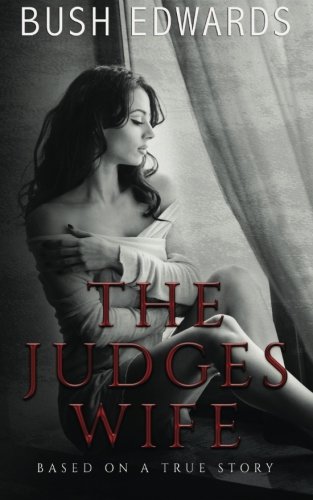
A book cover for The Judges Wife (Volume 1); Bush Edwards; Romance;